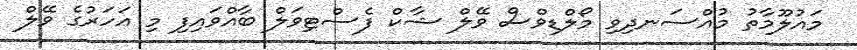
މައުލޫމާތު މުއްސަނދިވި މޯލްޑިވްސް ވޭލް ޝާކް ފެސްޓިވަލް ބާއްވައިފި މި އަހަރުގެ ވޭލް